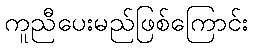
ကူညီပေးမည်ဖြစ်ကြောင်း